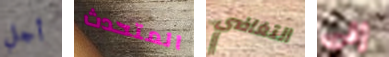
أجل المتحدث التغاضي إلى